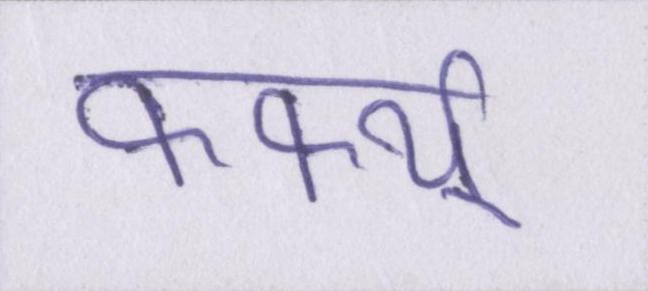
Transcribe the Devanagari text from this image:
कर्फ्यू